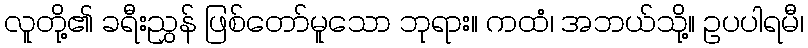
လူတို့၏ ခရီးညွှန် ဖြစ်တော်မူသော ဘုရား။ ကထံ၊ အဘယ်သို့။ ဥပပါရမီ၊